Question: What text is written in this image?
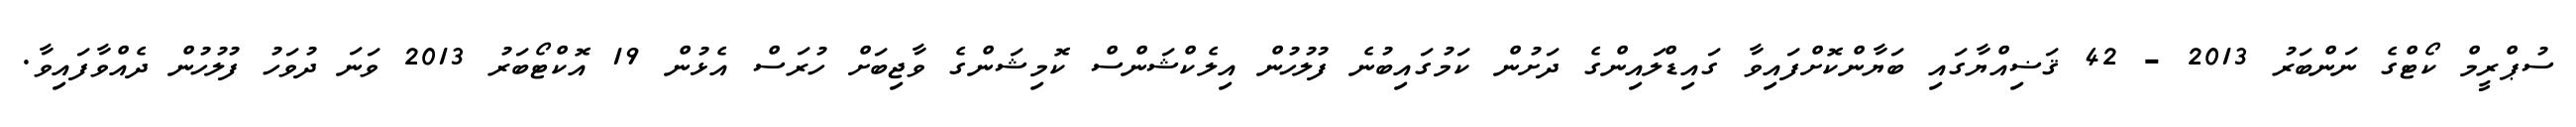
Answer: ސުޕްރީމް ކޯޓްގެ ނަންބަރު 2013 - 42 ޤަޟިއްޔާގައި ބަޔާންކޮށްފައިވާ ގައިޑްލައިންގެ ދަށުން ކަމުގައިބުނެ ފުލުހުން އިލެކްޝަންސް ކޮމިޝަންގެ ވާޖިބަށް ހުރަސް އެޅުން 19 އޮކްޓޯބަރު 2013 ވަނަ ދުވަހު ފުލުހުން ދެއްވާފައިވާ.